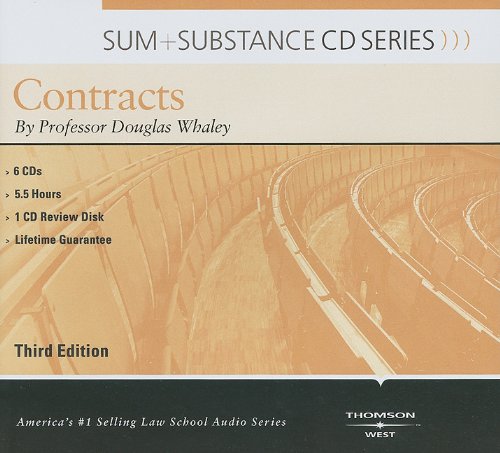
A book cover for Sum and Substance Audio on Contracts; Douglas Whaley; Law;